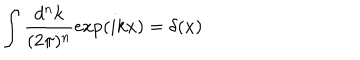
\int \frac { d ^ { n } k } { ( 2 \pi ) ^ { n } } \exp ( i k x ) = \delta ( x )